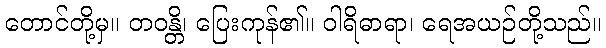
တောင်တို့မှ။ တဝန္တိ၊ ပြေးကုန်၏။ ဝါရိဓာရာ၊ ရေအယဉ်တို့သည်။